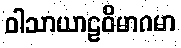
ဝါသာယာဠဝိမာဂမာ